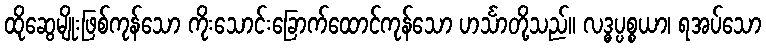
ထိုဆွေမျိုးဖြစ်ကုန်သော ကိုးသောင်းခြောက်ထောင်ကုန်သော ဟင်္သာတို့သည်။ လဒ္ဓပ္ပစ္စယာ၊ ရအပ်သော